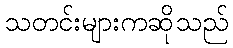
သတင်းများကဆိုသည်